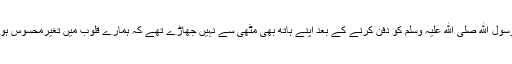
ہم نے رسول الله صلی الله علیہ وسلم کو دفن کرنے کے بعد اپنے ہاتھ بھی مٹھی سے نہیں جھاڑے تھے کہ ہمارے قلوب میں تغیرمحسوس ہونے لگا۔